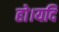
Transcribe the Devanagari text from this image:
हो।यदि